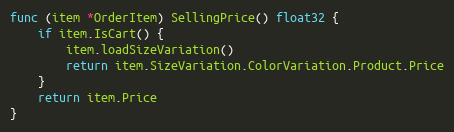
Language: Go
func (item *OrderItem) SellingPrice() float32 {
	if item.IsCart() {
		item.loadSizeVariation()
		return item.SizeVariation.ColorVariation.Product.Price
	}
	return item.Price
}